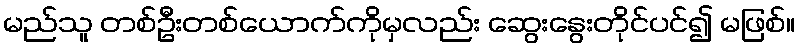
မည်သူ တစ်ဦးတစ်ယောက်ကိုမှလည်း ဆွေးနွေးတိုင်ပင်၍ မဖြစ်။